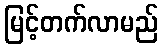
မြင့်တက်လာမည်